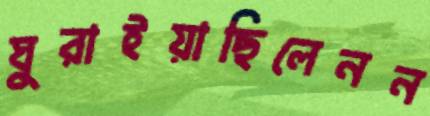
ঘুরাইয়াছিলেনন